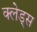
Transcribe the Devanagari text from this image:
क्लेड्स